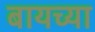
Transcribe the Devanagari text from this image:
बायच्या